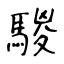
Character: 騣